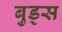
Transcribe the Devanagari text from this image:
बुड्स